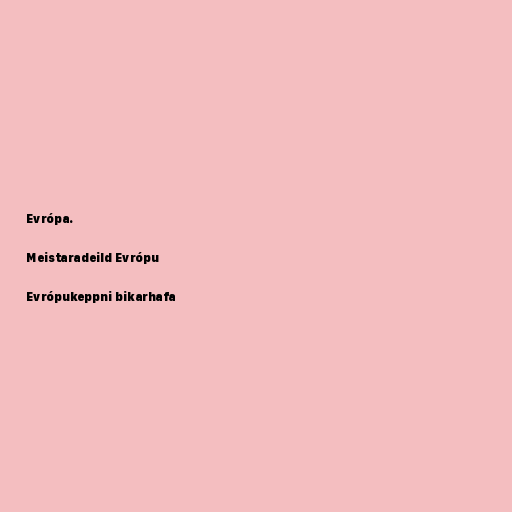
Evrópa.

Meistaradeild Evrópu

Evrópukeppni bikarhafa